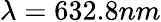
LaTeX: \lambda=632.8nm